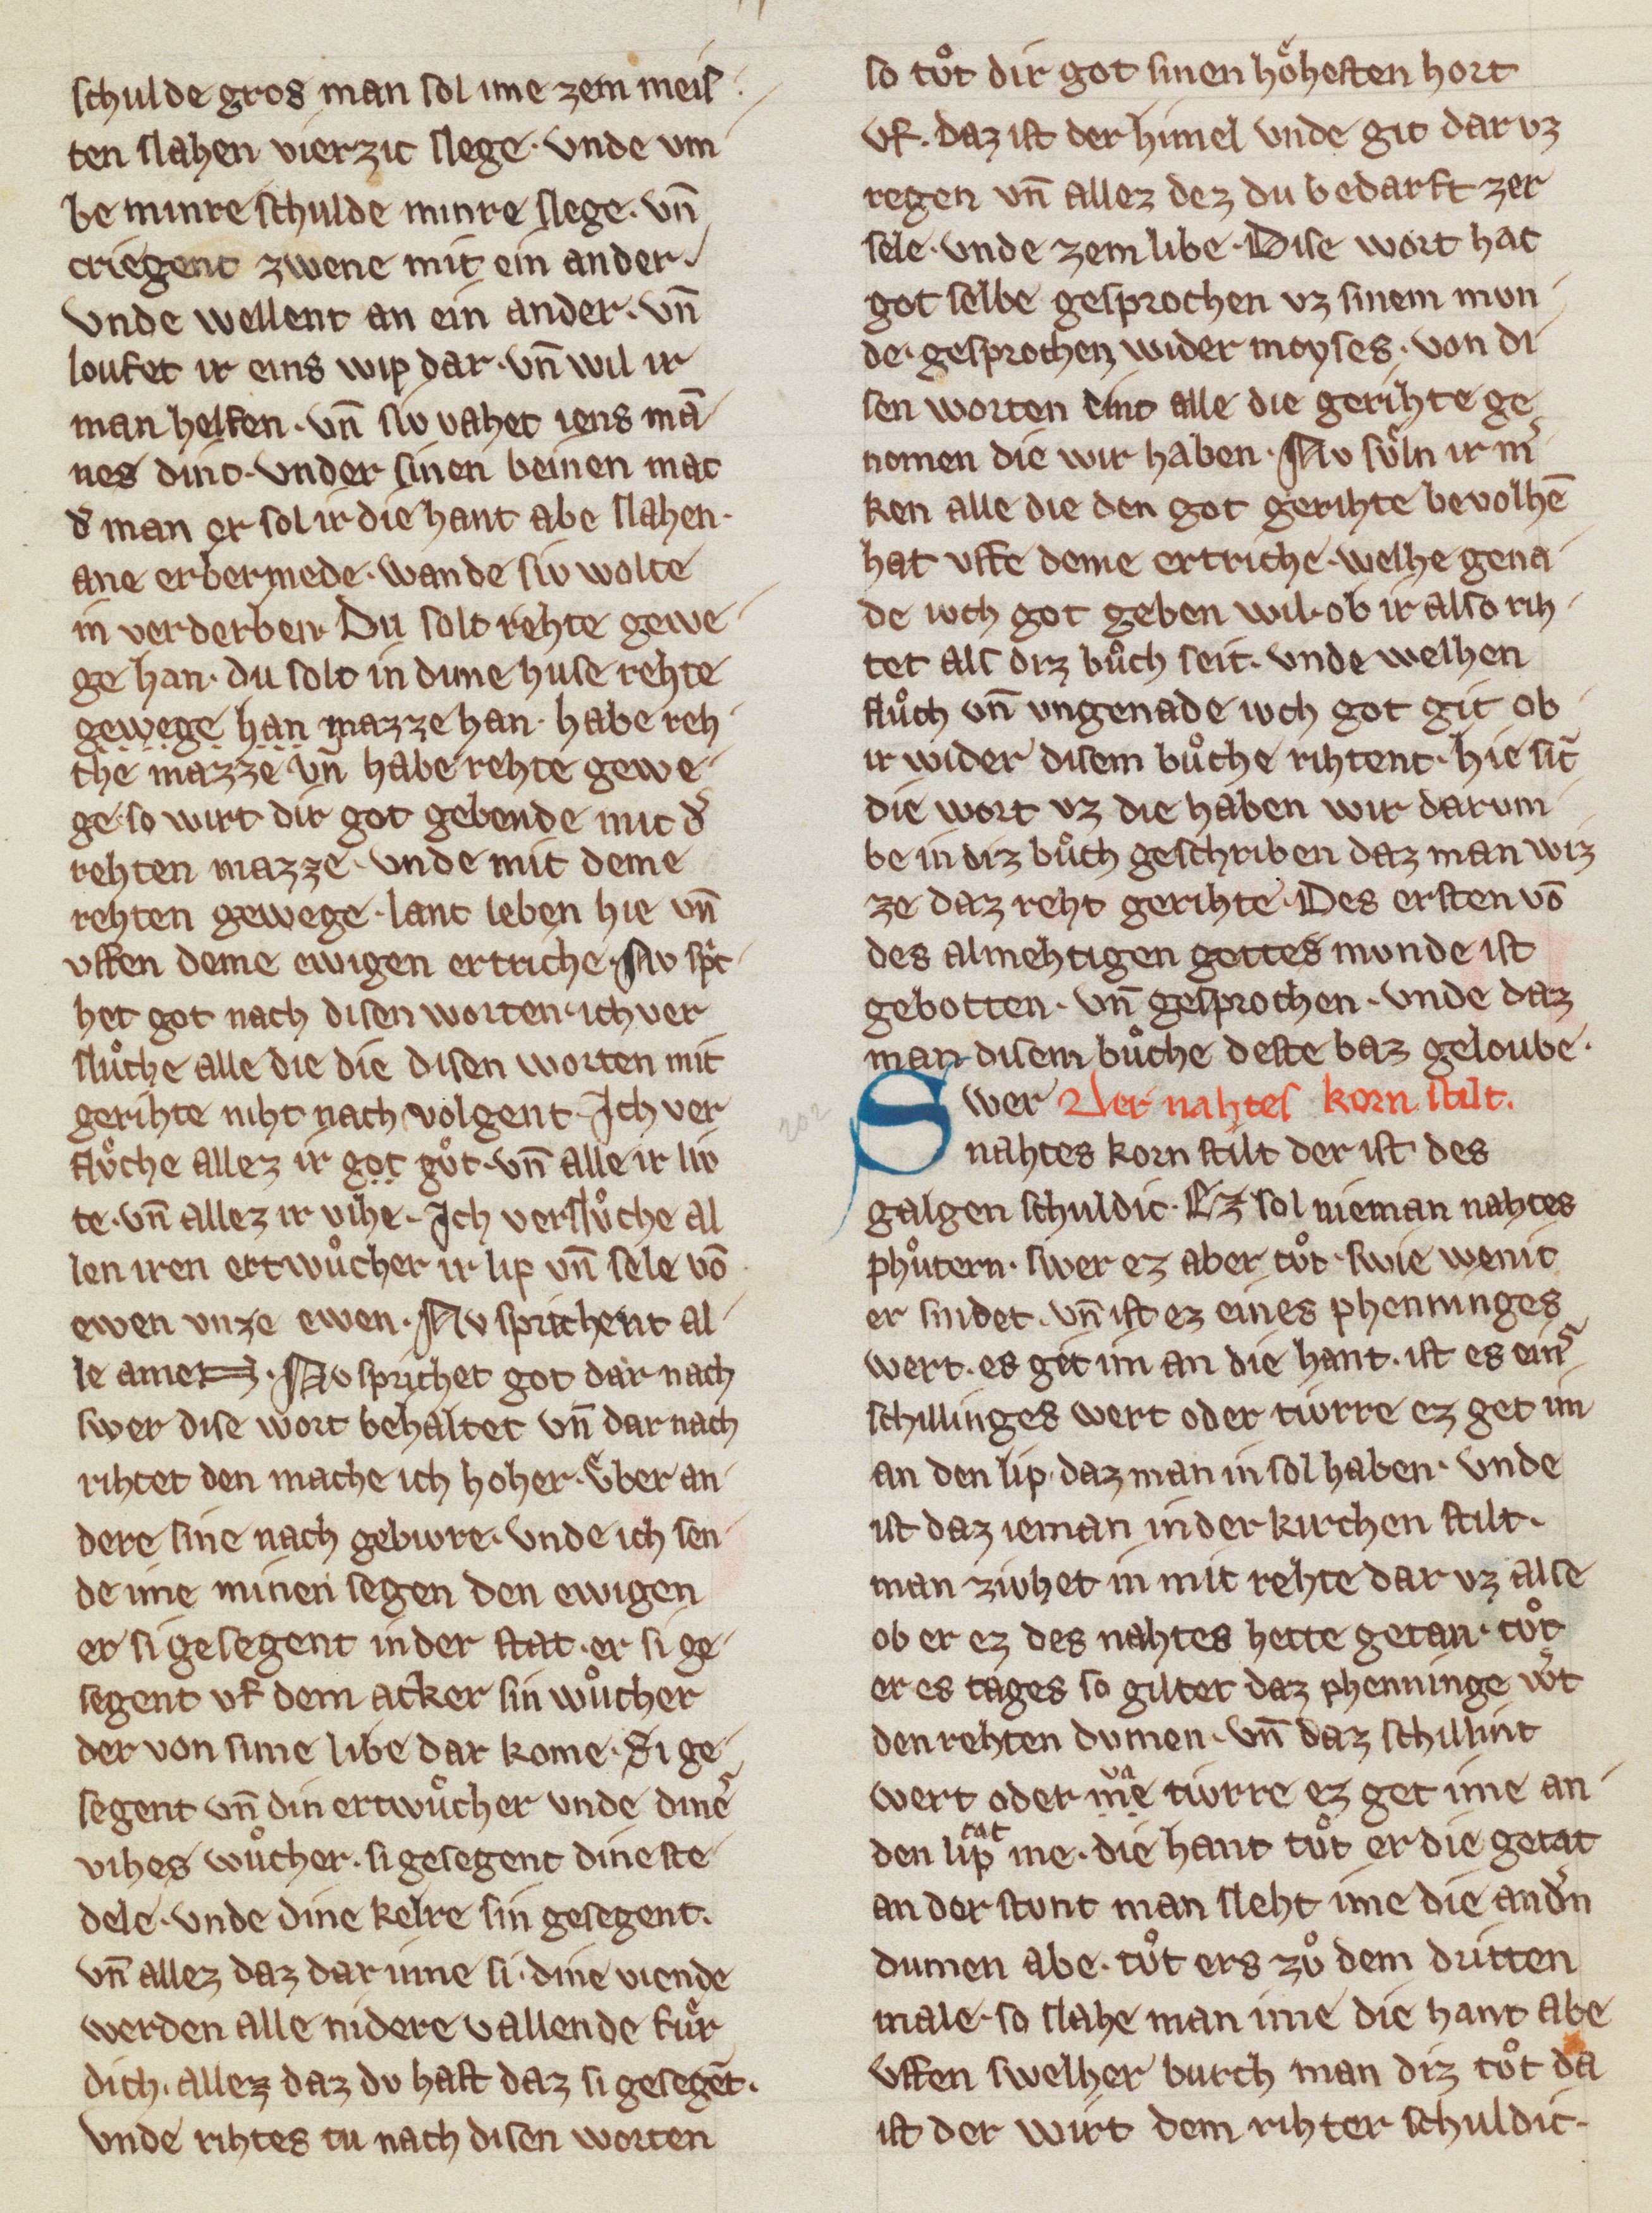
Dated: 1270–1330